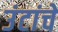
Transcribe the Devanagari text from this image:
उंटांचे